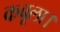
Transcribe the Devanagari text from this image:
कबूला।